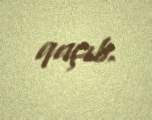
qaçıb.